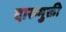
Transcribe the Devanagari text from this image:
दारूमुक्ती